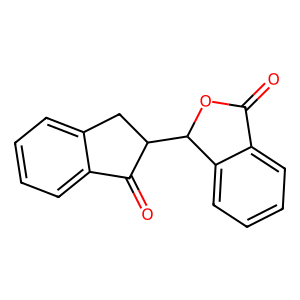
SMILES: O=C1OC(C2Cc3ccccc3C2=O)c2ccccc21
Inhibits HIV replication: No